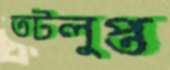
তটলুপ্ত